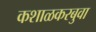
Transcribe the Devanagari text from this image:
कशाळकरबुवा